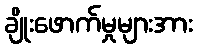
ချိုးဖောက်မှုများအား